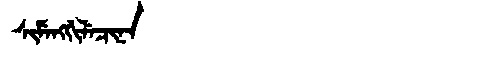
Manchu: ᠰᡳᠮᡝᠩᡤᡳᠯᡝᠴᡳᠨᠠ
Romanization: SIMENGGILECINA